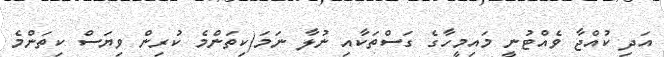
އަދި ކުއްޖާ ވެއްޓުނީ މައިމީހާގެ ގަސްތަކާއި ނުލާ ނަމަ(ކިތަންމެ ކުރިން ވިޔަސް ކިތަންމެ